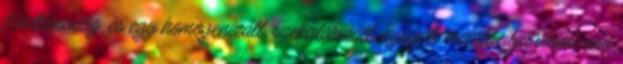
Köztársaság, és egy homogenizált, szekularizált, nyugati orientációjú város, ami